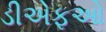
ડીએફઓ